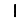
Digit: 1